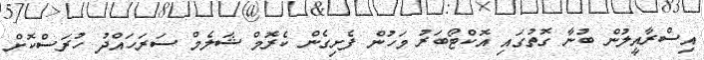
އިސްރާއީލުން ބުނާ ގޮތުގައި އޮކްޓޯބަރު މަހުން ފެށިގެން ކެރޮމް ޝަލެމް ސަރަހައްދު ހުރަސްކޮށް